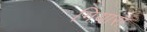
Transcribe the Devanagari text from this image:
गियास